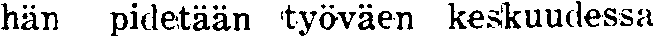
hän pidetään työväen keskuudessa